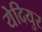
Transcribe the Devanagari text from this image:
येदियुर